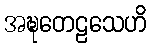
အဍ္ဎတေဠသေဟိ